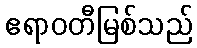
ဧရာဝတီမြစ်သည်